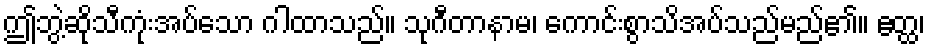
ဤဘွဲ့ဆိုသီကုံးအပ်သော ဂါထာသည်။ သုဂီတာနာမ၊ ကောင်းစွာသိအပ်သည်မည်၏။ ဧတ္ထ၊